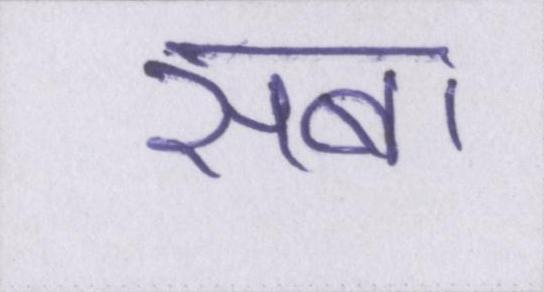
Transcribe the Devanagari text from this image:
सबा